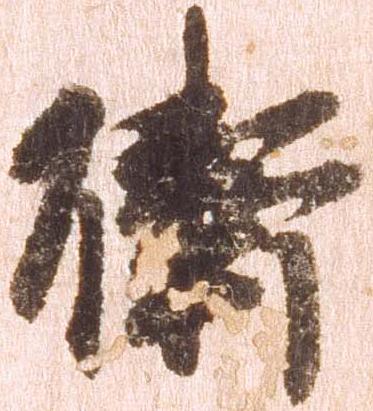
衛